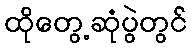
ထိုတွေ့ဆုံပွဲတွင်